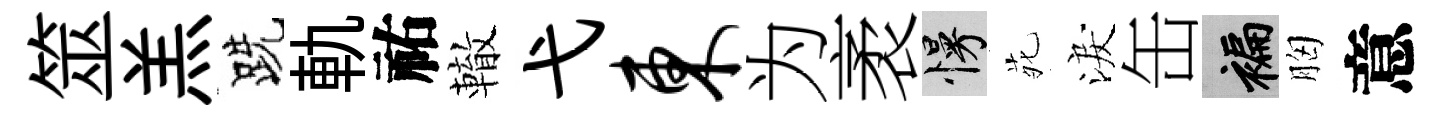
筮羔跣軌祐轍弋东为袤慢𫟍淚缶褊胸意